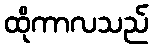
ထိုကာလသည်